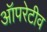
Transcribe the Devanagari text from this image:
ऑपरेटीव